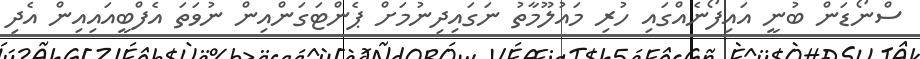
ސްނޯޑަން ބުނީ އައިފޯނެއްގައި ހުރި މައުލޫމާތު ނަގައިދިނުމަށް ޕެންޓަގަންއިން ނުވަތަ އެފްބީއައިއިން އެދި